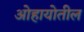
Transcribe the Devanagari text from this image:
ओहायोतील